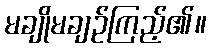
မချိုမချဉ်ကြည့်၏။